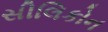
સીલિકોન